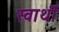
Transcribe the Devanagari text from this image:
स्‍वार्थी